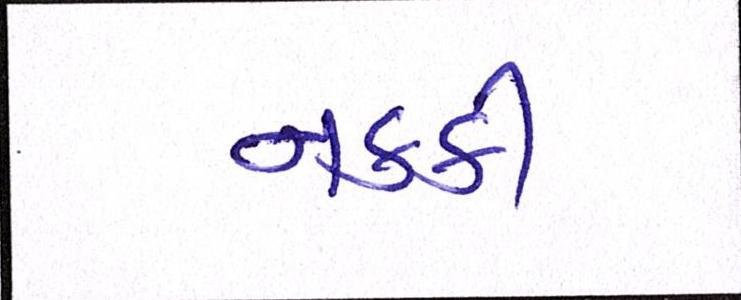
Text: નક્કી